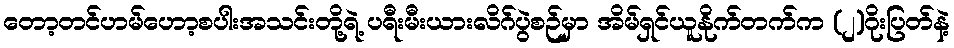
တော့တင်ဟမ်ဟော့စပါးအသင်းတို့ရဲ့ ပရီးမီးယားလိဂ်ပွဲစဉ်မှာ အိမ်ရှင်ယူနိုက်တက်က (၂)ဂိုးပြတ်နဲ့